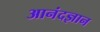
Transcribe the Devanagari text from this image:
आनंदज्ञान